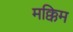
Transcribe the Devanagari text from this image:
मक्किम